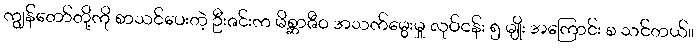
ကျွန်တော်တို့ကို စာသင်ပေးတဲ့ ဦးဇင်းက မိစ္ဆာဇီဝ အသက်မွေးမှု လုပ်ငန်း ၅ မျိုး အကြောင်း စ သင်တယ်။